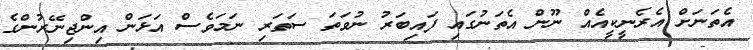
އެތަނަށް އެރެނީކީއެއް ނޫން އެތަނުގައި ފައިބަރު ނުވަތަ ސަތަރި ނަމަވެސް އަޅަން އިންޖިނޭރުންގެ